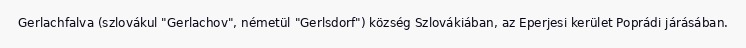
Gerlachfalva (szlovákul "Gerlachov", németül "Gerlsdorf") község Szlovákiában, az Eperjesi kerület Poprádi járásában.